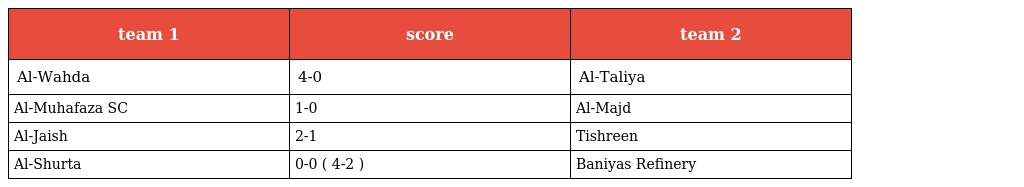
| team 1 | score | team 2 |
 | --- | --- | --- |
 | Al-Wahda | 4-0 | Al-Taliya |
 | Al-Muhafaza SC | 1-0 | Al-Majd |
 | Al-Jaish | 2-1 | Tishreen |
 | Al-Shurta | 0-0 ( 4-2 ) | Baniyas Refinery |